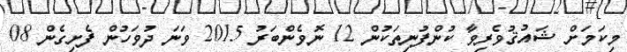
މިކަމަށް ޝައުޤުވެރިވާ ކުންފުނިތަކުން 12 ނޮވެންބަރު 2015 ވަނަ ދުވަހުން ފެށިގެން 08